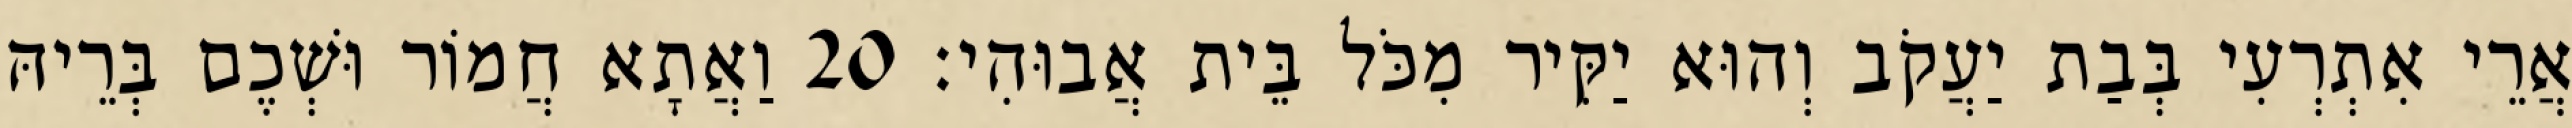
אֲרֵי אִתְרְעִי בְּבַת יַעֲקֹב וְהוּא יַקִּיר מִכֹּל בֵּית אֲבוּהִי׃ 20 וַאֲתָא חֲמוֹר וּשְׁכֶם בְּרֵיהּ